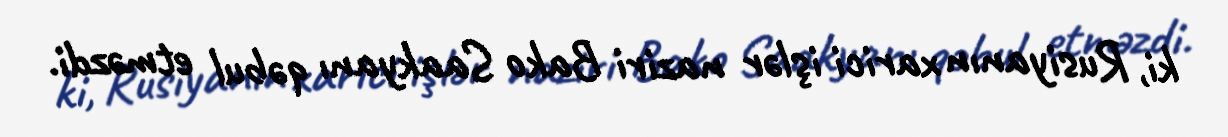
ki, Rusiyanın xarici işlər naziri Bako Saakyanı qəbul etməzdi.